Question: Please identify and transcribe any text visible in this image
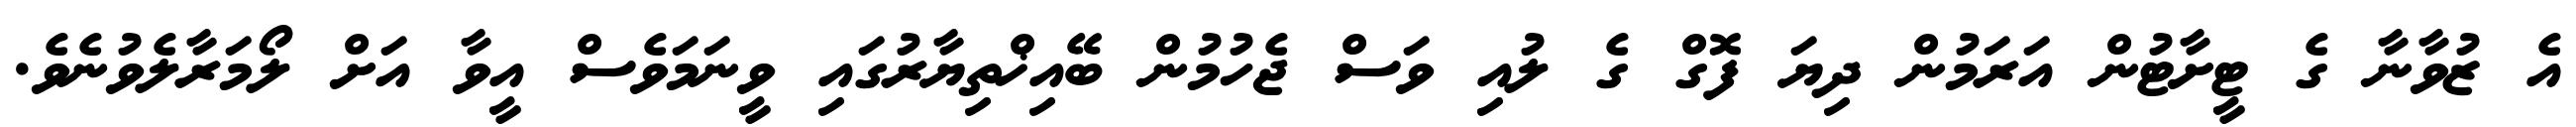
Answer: އެ ޒުވާނާ ގެ ޓީށާޓުން އަރަމުން ދިޔަ ފޮގް ގެ ލުއި ވަސް ޖެހުމުން ބޭއިޚްތިޔާރުގައި ވީނަމަވެސް އީވާ އަށް ލޯމަރާލެވުނެވެ.